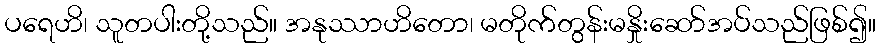
ပရေဟိ၊ သူတပါးတို့သည်။ အနုဿာဟိတော၊ မတိုက်တွန်းမနှိုးဆော်အပ်သည်ဖြစ်၍။